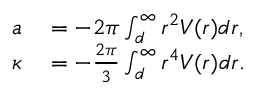
\begin{array} { r l } { a } & { { } = - 2 \pi \int _ { d } ^ { \infty } r ^ { 2 } V ( r ) d r , } \\ { \kappa } & { { } = - \frac { 2 \pi } { 3 } \int _ { d } ^ { \infty } r ^ { 4 } V ( r ) d r . } \end{array}